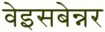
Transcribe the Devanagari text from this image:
वेइसबेन्नर